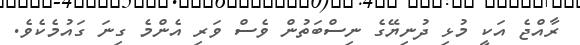
ރާއްޖެ އަކީ މުޅި ދުނިޔޭގެ ނިސްބަތުން ވެސް ވަރި އެންމެ ގިނަ ގައުމެކެވެ.